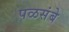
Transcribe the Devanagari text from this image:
पळसंबे